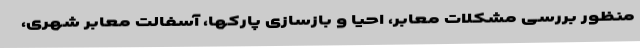
منظور بررسی مشکلات معابر، احیا و بازسازی پارکها، آسفالت معابر شهری،